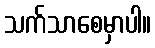
သက်သာစေမှာပါ။